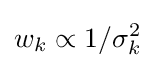
w_{k}\propto 1/\sigma _{k}^{2}